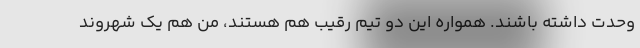
وحدت داشته باشند. همواره این دو تیم رقیب هم هستند، من هم یک شهروند